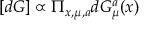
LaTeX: [ d G ] \propto \Pi _ { x , \mu , a } d G _ { \mu } ^ { a } ( x )